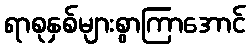
ရာစုနှစ်များစွာကြာအောင်